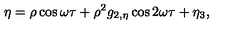
\eta = \rho \cos \omega \tau + \rho ^ { 2 } g _ { 2 , \eta } \cos 2 \omega \tau + \eta _ { 3 } ,